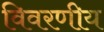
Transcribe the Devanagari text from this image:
विवरणीय